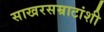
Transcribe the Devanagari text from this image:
साखरसम्राटांशी